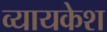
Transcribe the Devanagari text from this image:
व्यायकेश